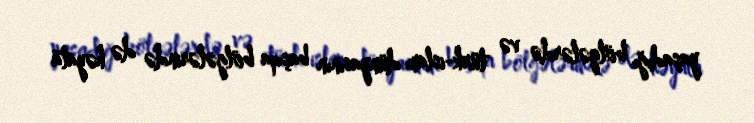
yaşadığı bölgələrdə və türk-islam dünyasının başqa bölgələrində də həyata